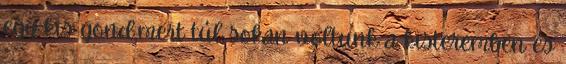
egy kis gond,mert túl sokan voltunk a kisteremben és